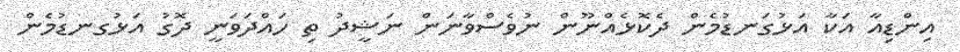
އިންޑިއާ އަކާ އަޅުގަނޑުމެން ދެކޮޅެއްނޫން ނުވެސްވާނަން ނަޝީދު ތި ހައްދަވަނީ ދޮގު އަޅުގނޑުމެން